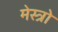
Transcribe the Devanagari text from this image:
मेस्त्रो